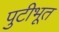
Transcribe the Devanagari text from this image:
पुटीभूत